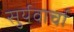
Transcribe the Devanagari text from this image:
सुर्यवार्चा